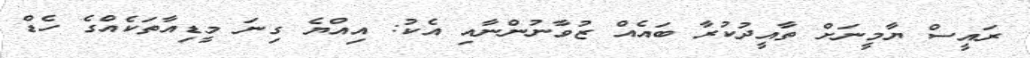
ރައީސް ޔާމީނަށް ތާއީދުކުރާ ބައެއް ޒުވާނުންނާއި އެކު: އިއްޔެ ގިނަ މީޑިއާތަކެއްގެ ހެޑް